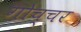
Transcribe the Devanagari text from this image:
गोच्चर